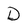
Character: D